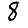
Digit: 8